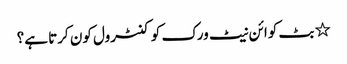
٭ بٹ کوائن نیٹ ورک کو کنٹرول کون کرتا ہے؟